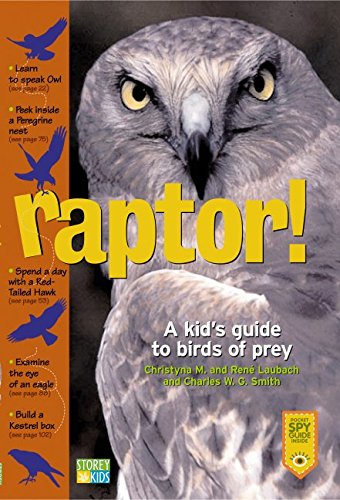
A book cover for Raptor! A Kid's Guide to Birds of Prey; Christyna M. Laubach; Children's Books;